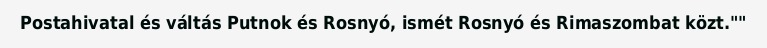
Postahivatal és váltás Putnok és Rosnyó, ismét Rosnyó és Rimaszombat közt.""